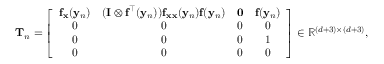
\mathbf { T } _ { n } = \left[ { \begin{array} { c c c c } { \mathbf { f } _ { \mathbf { x } } ( \mathbf { y } _ { n } ) } & { ( \mathbf { I } \otimes \mathbf { f } ^ { \intercal } ( \mathbf { y } _ { n } ) ) \mathbf { f } _ { \mathbf { x x } } ( \mathbf { y } _ { n } ) \mathbf { f } ( \mathbf { y } _ { n } ) } & { \mathbf { 0 } } & { \mathbf { f } ( \mathbf { y } _ { n } ) } \\ { 0 } & { 0 } & { 0 } & { 0 } \\ { 0 } & { 0 } & { 0 } & { 1 } \\ { 0 } & { 0 } & { 0 } & { 0 } \end{array} } \right] \in \mathbb { R } ^ { ( d + 3 ) \times ( d + 3 ) } ,